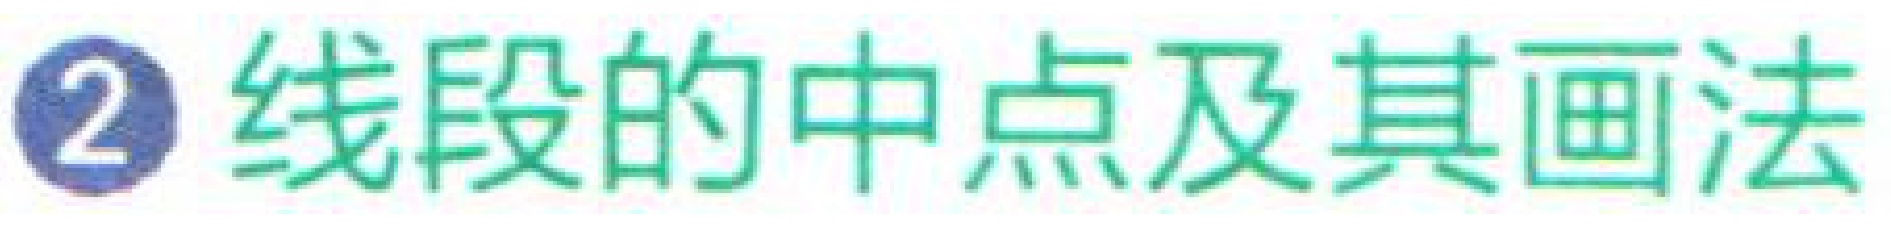
\textcircled{2} 线段的中点及其画法